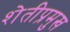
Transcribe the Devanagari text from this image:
शेतीप्रमुख